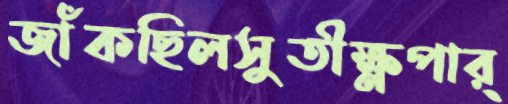
জাঁকছিলসুতীক্ষ্ণপার্